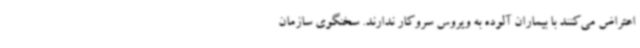
اعتراض می‌کنند با بیماران آلوده به ویروس سروکار ندارند. سخنگوی سازمان